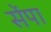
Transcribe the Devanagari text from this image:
सेंपा